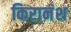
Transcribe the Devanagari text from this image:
किरानंश